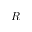
R